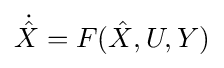
{\dot {\hat {X}}}=F({\hat {X}},U,Y)